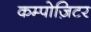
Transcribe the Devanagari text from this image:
कम्पोज़िटर